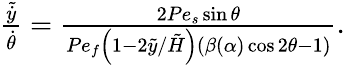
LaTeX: \begin{array}{r}{\frac{\tilde{\dot{y}}}{\dot{\theta}}=\frac{2Pe_{s}\sin\theta}{Pe_{f}\left(1-2\tilde{y}/\tilde{H}\right)\left(\beta(\alpha)\cos 2\theta-1\right)}.}\end{array}